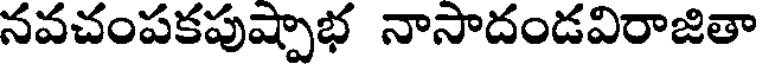
నవచంపకపుష్పాభ నాసాదండవిరాజితా